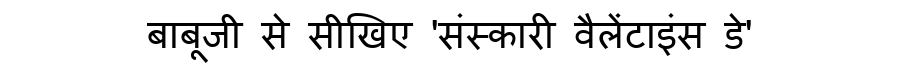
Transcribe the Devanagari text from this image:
बाबूजी से सीखिए 'संस्कारी वैलेंटाइंस डे'